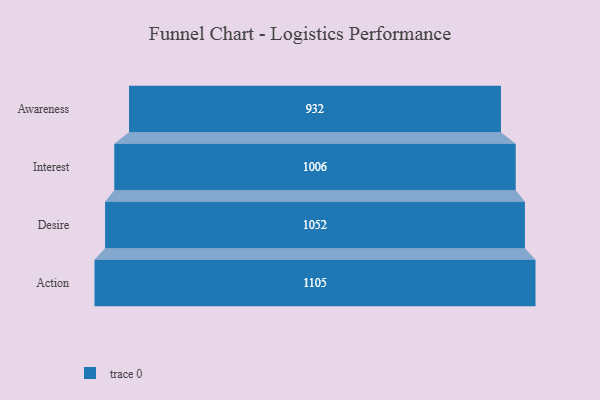
{"axis": {"x": "Stage", "y": "Value"}, "legend": [""], "data": [{"x": "Awareness", "y": 932.0, "type": ""}, {"x": "Interest", "y": 1006.0, "type": ""}, {"x": "Desire", "y": 1052.0, "type": ""}, {"x": "Action", "y": 1105.0, "type": ""}]}